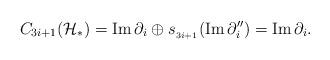
LaTeX: \begin{align*} C_{{3i+1}}(\mathcal{H}_{\ast})=\mathrm{Im}\,\partial_i\oplus s_{_{3i+1}}(\mathrm{Im}\,\partial''_i)=\mathrm{Im}\,\partial_i.\end{align*}